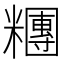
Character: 糰